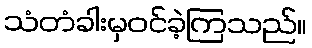
သံတံခါးမှဝင်ခဲ့ကြသည်။